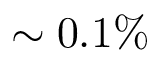
\sim 0 . 1 \%